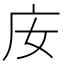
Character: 𢇘